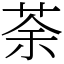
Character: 荼